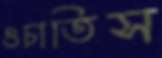
ওচাতিস